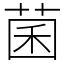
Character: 菌